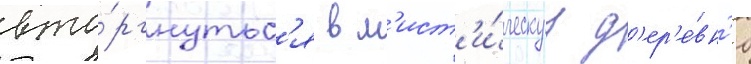
вто́ргнутьс'я в м'ист'и́ческуу д'ер'е́вн'ю